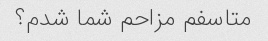
متاسفم مزاحم شما شدم؟